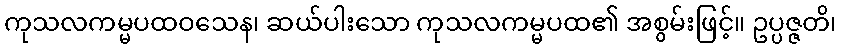
ကုသလကမ္မပထဝသေန၊ ဆယ်ပါးသော ကုသလကမ္မပထ၏ အစွမ်းဖြင့်။ ဥပ္ပဇ္ဇတိ၊